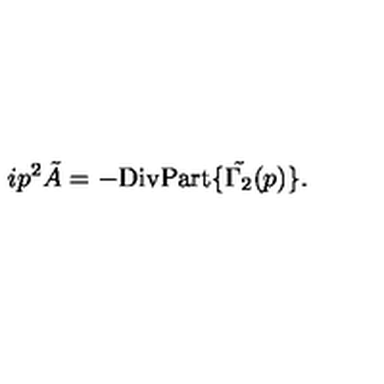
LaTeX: i p ^ { 2 } \tilde { A } = - \mathrm { D i v P a r t } \{ \tilde { \Gamma _ { 2 } } ( p ) \} .